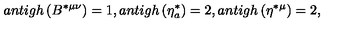
a n t i g h \left( B ^ { * \mu \nu } \right) = 1 , a n t i g h \left( \eta _ { a } ^ { * } \right) = 2 , a n t i g h \left( \eta ^ { * \mu } \right) = 2 ,